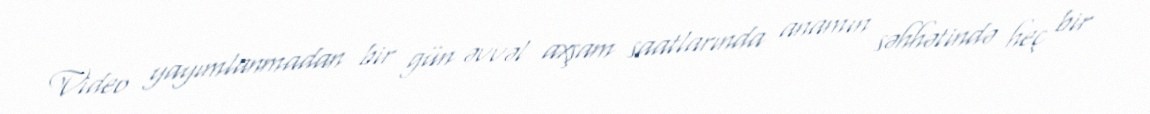
Video yayımlanmadan bir gün əvvəl axşam saatlarında anamın səhhətində heç bir